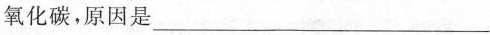
氧化碳，原因是___